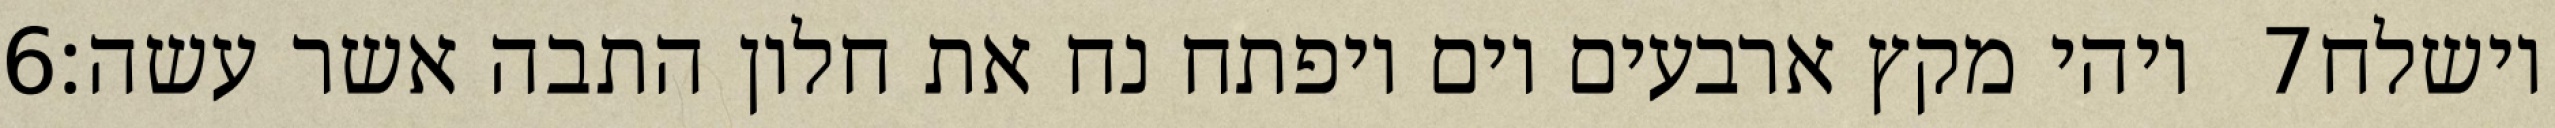
‎6‏ ויהי מקץ ארבעים יום ויפתח נח את חלון התבה אשר עשה׃ ‎7‏ וישלח